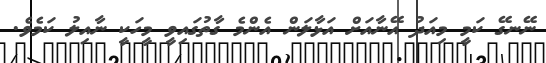
ނޭނގޭ ކަމީ މިއަދު އޭނާއަށް އަޅާލަން އެންމެ ގާތުގައިވީ މީހަކީ ނާއިލު ކަމެވެ.